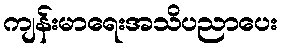
ကျန်းမာရေးအသိပညာပေး